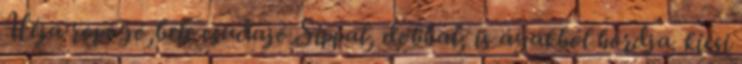
Héja ropogó,bele csudajó Síppal, dobbal, is ágakból hordja. kicsi